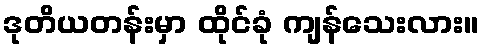
ဒုတိယတန်းမှာ ထိုင်ခုံ ကျန်သေးလား။